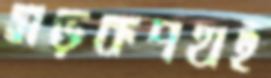
সড়কপথই